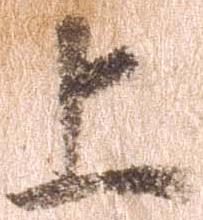
上